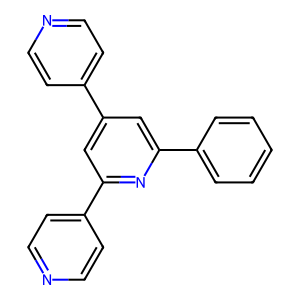
SMILES: c1ccc(-c2cc(-c3ccncc3)cc(-c3ccncc3)n2)cc1
Inhibits HIV replication: No